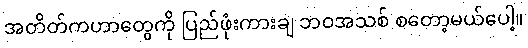
အတိတ်ကဟာတွေကို ပြည်ဖုံးကားချ ဘဝအသစ် စတော့မယ်ပေါ့။